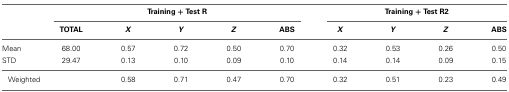
|  | <COLSPAN=5> Training + Test R | <COLSPAN=4> Training + Test R2 |
 |  | TOTAL | X | Y | Z | ABS | X | Y | Z | ABS |
 | --- | --- | --- | --- | --- | --- | --- | --- | --- | --- |
 | Mean | 68.00 | 0.57 | 0.72 | 0.50 | 0.70 | 0.32 | 0.53 | 0.26 | 0.50 |
 | STD | 29.47 | 0.13 | 0.10 | 0.09 | 0.10 | 0.14 | 0.14 | 0.09 | 0.15 |
 | Weighted |  | 0.58 | 0.71 | 0.47 | 0.70 | 0.32 | 0.51 | 0.23 | 0.49 |